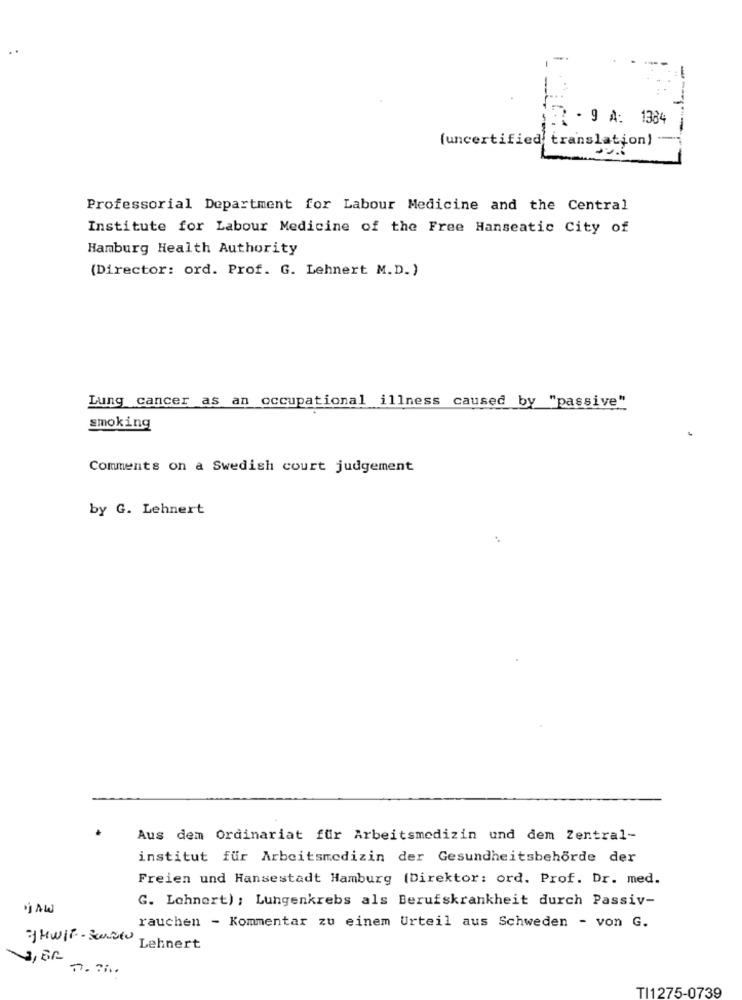
#2 . 9 A: 1384
(uncertified translation)
Professorial Department for Labour Medicine and the Central
Institute for Labour Medicine of the Free Hanseatic City of
Hamburg Health Authority
(Director: ord. Prof. G. Lehnert M.D.)
Lung cancer as an occupational illness caused by "passive"
smoking
Comments on a Swedish court judgement
by G. Lehnert
Aus dem Ordinariat für Arbeitsmedizin und dem Zentral-
institut für Arbeitsmedizin der Gesundheitsbehörde der
Freien und Hansestadt Hamburg (Direktor: ord. Prof. Dr. med.
G. Lahnert) ; Lungenkrebs als Berufskrankheit durch Passiv-
· AW
rauchen - Kommentar zu einem Urteil aus Schweden - von G.
YHWIT- Sconto
Lehnert
TI1275-0739